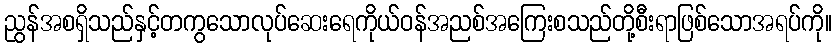
ညွန်အစရှိသည်နှင့်တကွသောလုပ်ဆေးရေကိုယ်ဝန်အညစ်အကြေးစသည်တို့စီးရာဖြစ်သောအရပ်ကို။